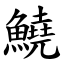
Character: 鱙